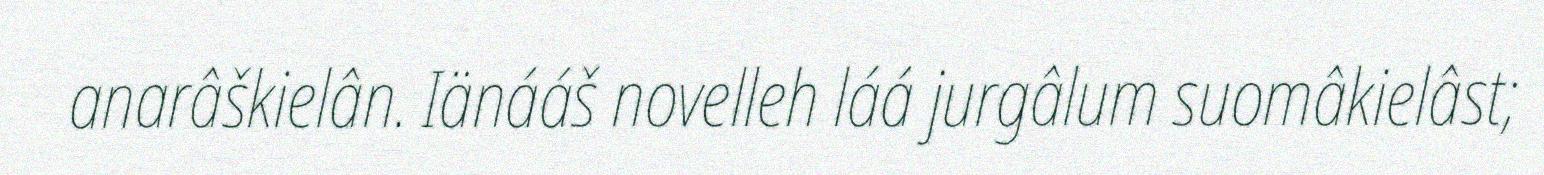
anarâškielân. Iänááš novelleh láá jurgâlum suomâkielâst;